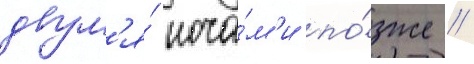
двум'я́ ноча́м'и по́зже //